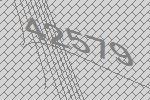
42579